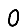
Digit: 0